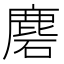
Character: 𪊞